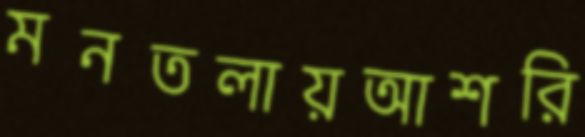
মনতলায়আশরি